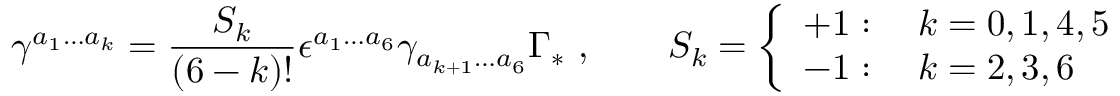
\gamma ^ { a _ { 1 } \ldots a _ { k } } = \frac { S _ { k } } { ( 6 - k ) ! } \epsilon ^ { a _ { 1 } \ldots a _ { 6 } } \gamma _ { a _ { k + 1 } \ldots a _ { 6 } } \Gamma _ { * } \ , \qquad S _ { k } = \left\{ \begin{array} { l } { { + 1 : \quad k = 0 , 1 , 4 , 5 } } \\ { { - 1 : \quad k = 2 , 3 , 6 } } \end{array} \right.